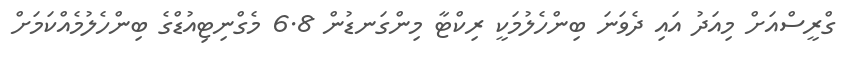
ގްރީސްއަށް މިއަދު އައި ދެވަނަ ބިންހެލުމަކީ ރިކްޓާ މިންގަނޑުން 6.8 މެގްނިޓިއުޑްގެ ބިންހެލުމެއްކަމަށް